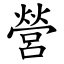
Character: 營